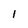
Character: 1